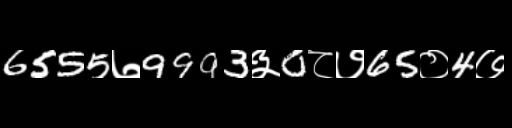
Text: 6555७9993३0८७65०4७